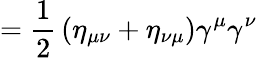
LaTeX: ={\frac{1}{2}}\left(\eta_{\mu\nu}+\eta_{\nu\mu}\right)\gamma^{\mu}\gamma^{\nu}